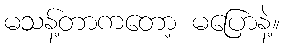
မသန့်တာကတော့ မပြောနဲ့။